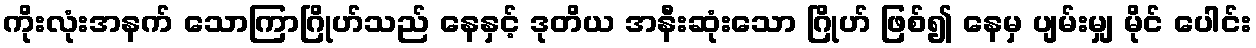
ကိုးလုံးအနက် သောကြာဂြိုဟ်သည် နေနှင့် ဒုတိယ အနီးဆုံးသော ဂြိုဟ် ဖြစ်၍ နေမှ ပျမ်းမျှ မိုင် ပေါင်း